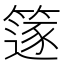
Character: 篴